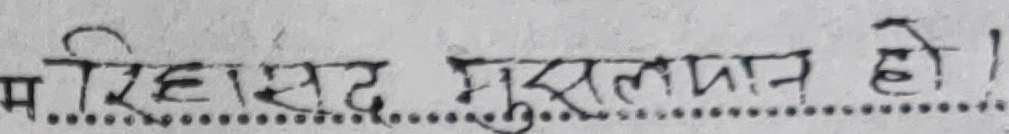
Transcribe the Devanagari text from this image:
म रियासत मुसलमान हो!